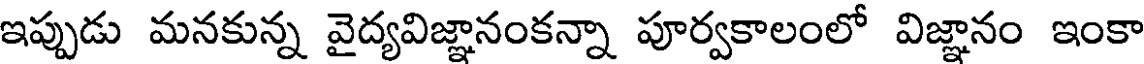
ఇప్పుడు మనకున్న వైద్యవిజ్ఞానంకన్నా పూర్వకాలంలో విజ్ఞానం ఇంకా